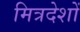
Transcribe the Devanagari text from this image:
मित्रदेशों